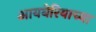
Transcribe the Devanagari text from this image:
आयबेरियाच्या